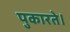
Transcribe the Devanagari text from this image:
पुकारते।